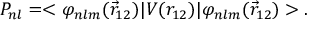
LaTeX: P _ { n l } = < \varphi _ { n l m } ( \vec { r } _ { 1 2 } ) | V ( r _ { 1 2 } ) | \varphi _ { n l m } ( \vec { r } _ { 1 2 } ) > .